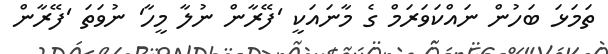
ތަމަޅަ ބަހުން ނައްކަވަރަމް ގެ މާނައަކީ 'ފޭރާން ނުލާ މީހާ' ނުވަތަ 'ފޭރާން